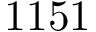
1 1 5 1